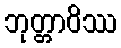
ဘုတ္တာဝိဿ